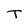
Character: T